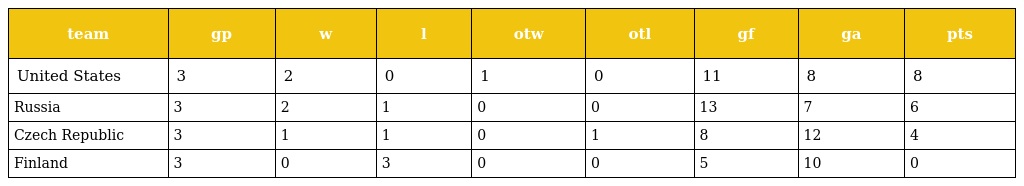
| team | gp | w | l | otw | otl | gf | ga | pts |
 | --- | --- | --- | --- | --- | --- | --- | --- | --- |
 | United States | 3 | 2 | 0 | 1 | 0 | 11 | 8 | 8 |
 | Russia | 3 | 2 | 1 | 0 | 0 | 13 | 7 | 6 |
 | Czech Republic | 3 | 1 | 1 | 0 | 1 | 8 | 12 | 4 |
 | Finland | 3 | 0 | 3 | 0 | 0 | 5 | 10 | 0 |